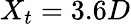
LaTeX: X_{t}=3.6D